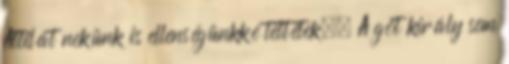
Attilát nekünk is ellenségünkké tettétek.» A gót király sem